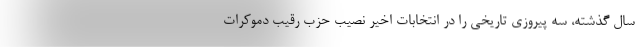
سال گذشته، سه پیروزی تاریخی را در انتخابات اخیر نصیب حزب رقیب دموکرات